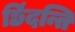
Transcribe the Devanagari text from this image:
छिंदन्ति